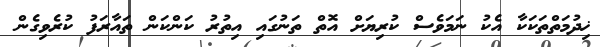
ޚިދުމަތްތަކަކާ އެކު ނަމަވެސް ކުރިޔަށް އޮތް ތަނުގައި އިތުރު ކަންކަން ތައާރަފު ކުރެވިގެން